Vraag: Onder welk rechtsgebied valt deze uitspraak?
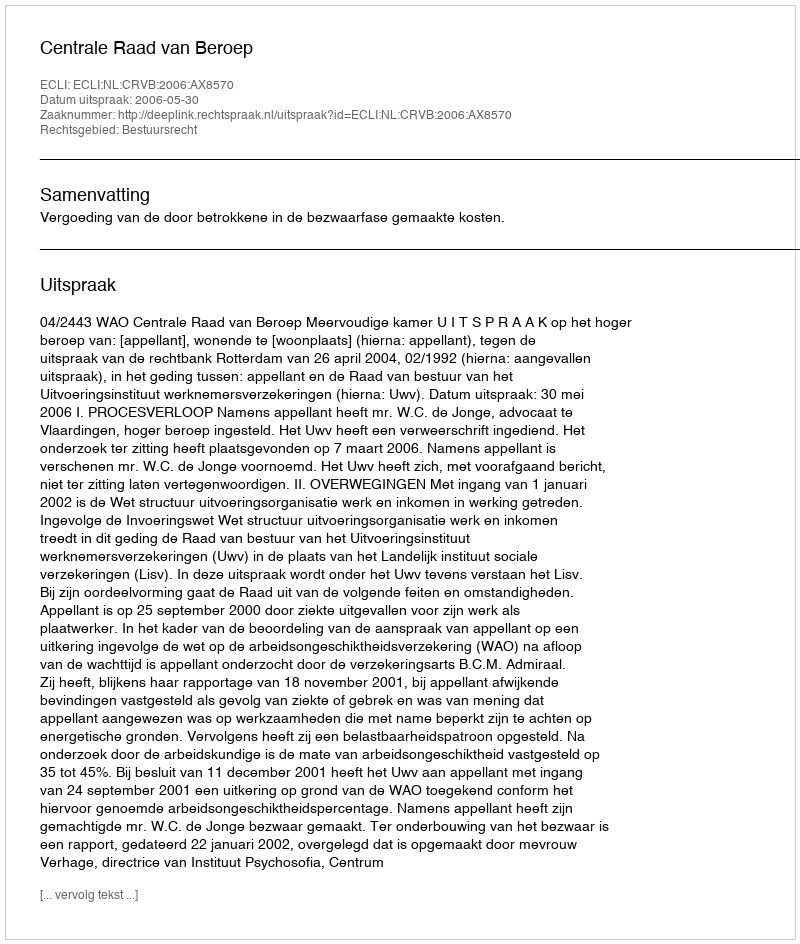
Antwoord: Bestuursrecht